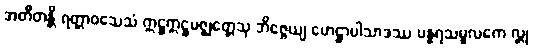
အတီတန္တိ ရတ္တာဝသေသံ ဣဋ္ဌဣဋ္ဌမဇ္ဈတ္တေသု ဘိဇ္ဇေယျ ဟေဋ္ဌာပါသာဒဿ ပန္နရသမူလကေ လ္တု